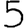
Digit: 5